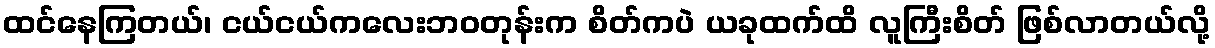
ထင်နေကြတယ်၊ ငယ်ငယ်ကလေးဘဝတုန်းက စိတ်ကပဲ ယခုထက်ထိ လူကြီးစိတ် ဖြစ်လာတယ်လို့